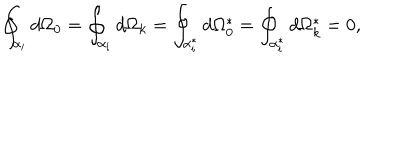
LaTeX: \oint _ { \alpha _ { i } } d \Omega _ { 0 } = \oint _ { \alpha _ { i } } d \Omega _ { k } = \oint _ { \alpha _ { i } ^ { * } } d \Omega _ { 0 } ^ { * } = \oint _ { \alpha _ { i } ^ { * } } d \Omega _ { k } ^ { * } = 0 ,